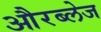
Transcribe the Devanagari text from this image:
औरब्लेज